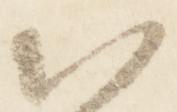
以